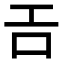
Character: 𢀛